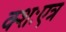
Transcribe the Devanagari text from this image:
क्शःएत्र